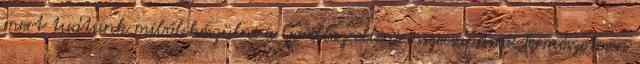
mert tudtunk miből készülni a Gorillaz elleni összecsapásra. Természetesen